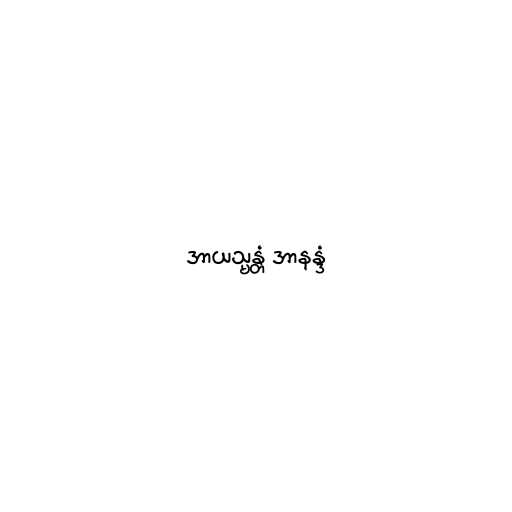
အာယသ္မန္တံ အာနန္ဒံ